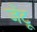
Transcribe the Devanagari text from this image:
जेंटू